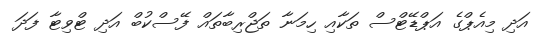
އަދި މިއެޕްގެ އަޕްޑޭޓްސް ތަކާއި ހިމަނާ ތަޖްރިބާތައް ފޭސްކުބް އަދި ޓްވިޓާ ފަދަ